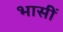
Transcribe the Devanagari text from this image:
भासीं